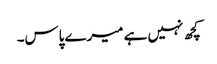
کچھ نہیں ہے میرے پاس۔